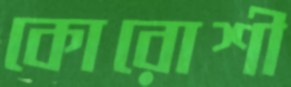
কোরোশী